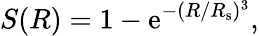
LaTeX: S(R)=1-\mathrm{e}^{-(R/R_{\mathrm{{s}}})^{3}},